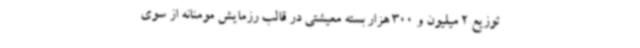
توزیع 2 میلیون و 300 هزار بسته معیشتی در قالب رزمایش مومنانه از سوی